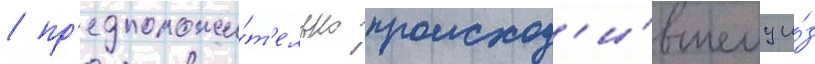
/ пр'едположи́т'ельно происход'и́вшему и́з